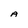
Character: A